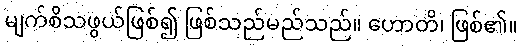
မျက်စိသဖွယ်ဖြစ်၍ ဖြစ်သည်မည်သည်။ ဟောတိ၊ ဖြစ်၏။